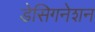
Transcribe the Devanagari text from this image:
डेसिगनेशन